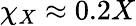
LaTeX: \chi_{X}\approx 0.2X